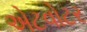
એટવોટર